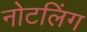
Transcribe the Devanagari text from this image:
नोटलिंग